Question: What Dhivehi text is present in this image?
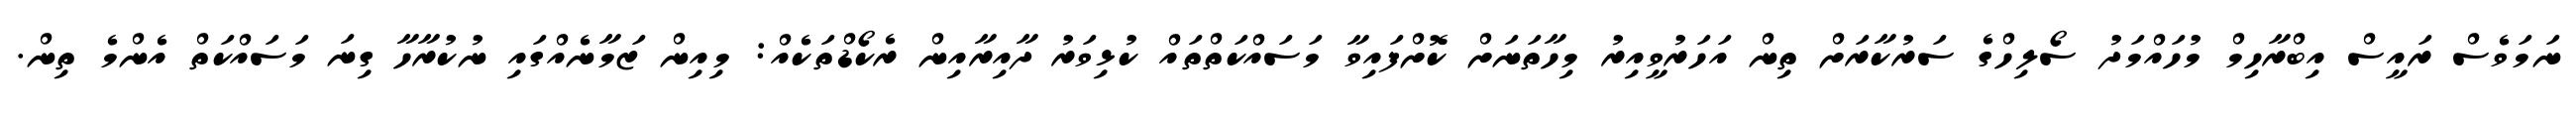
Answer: ނަމަވެސް ރައީސް އިބްރާހިމް މުހައްމަދު ސޯލިހްގެ ސަރުކާރަށް ތިން އަހަރުވީއިރު މިހާތަނަށް ކޮށްފައިވާ މަސައްކަތްތައް ކުޅިވަރު ދާއިރާއިން ރެކޯޑްތަކެއް: މިއިން ޒަމާނެއްގައި ނުކުރާހާ ގިނަ މަސައްކަތް އެންމެ ތިން.